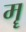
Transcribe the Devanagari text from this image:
मॄ